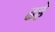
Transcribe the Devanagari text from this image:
ढहे